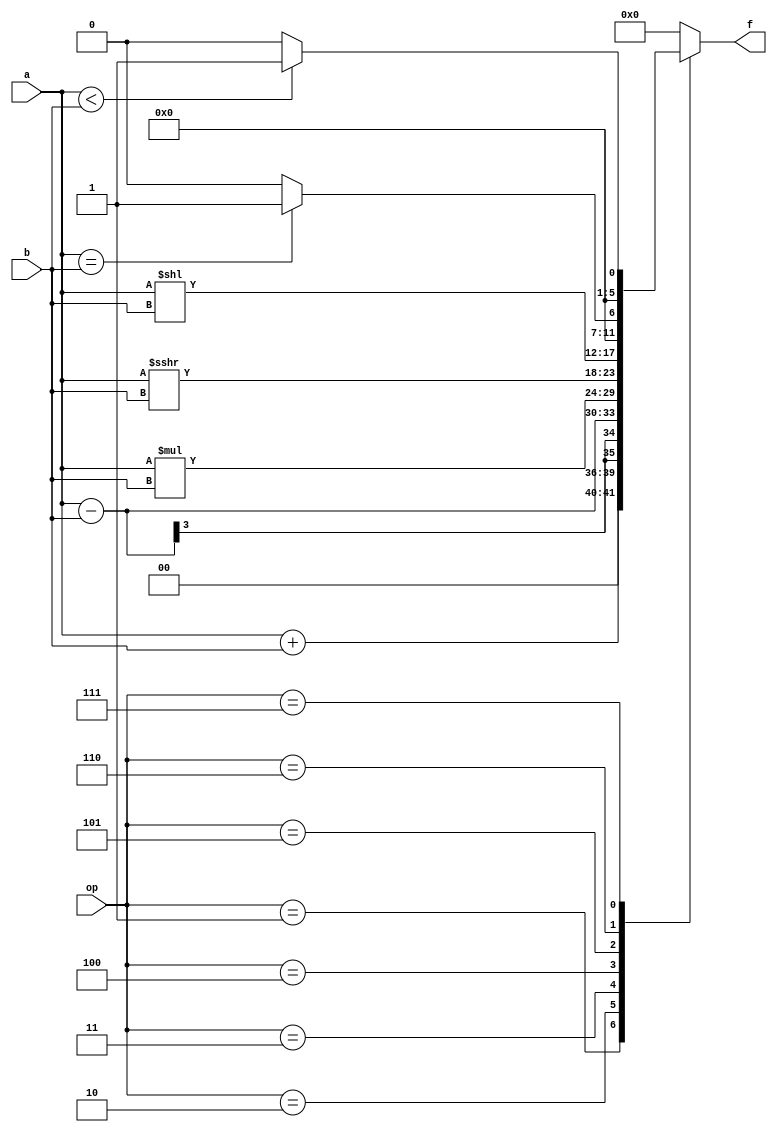
module ALU(
	output	[5:0] f,
	input		[2:0] a,b,
	input		[2:0] op
   );
	
	reg [5:0] f;
	always @ (op,a,b) begin
		case(op)
			3'b001: f = a+b;
			3'b010: f = a-b;
			3'b011: f = a*b;
			3'b100: f = a>>>b;
			3'b101: f = a<<b;
			3'b110: f = (a==b) ? 1 : 0;
			3'b111: f = (a<b) ? 1 : 0;
			default: f = 0;
		endcase
	end
	
endmodule